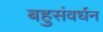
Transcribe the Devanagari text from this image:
बहुसंवर्धन